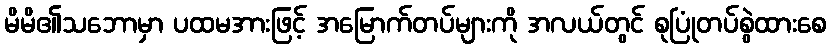
မိမိ၏သဘောမှာ ပထမအားဖြင့် အမြောက်တပ်များကို အလယ်တွင် စုပြုံတပ်စွဲထားစေ